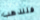
فلنذهب